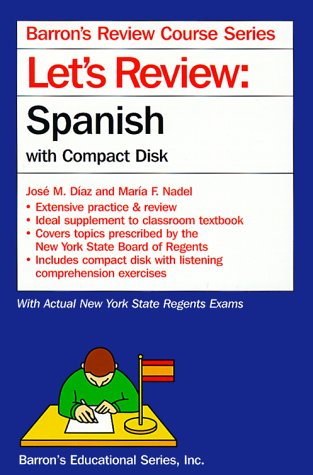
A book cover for Let's Review: Spanish With Compact Disk (Barron's Review Course Series) (Spanish Edition); Hose M. Diaz; Test Preparation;